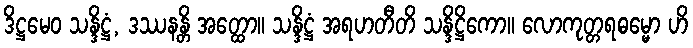
ဒိဋ္ဌမေဝ သန္ဒိဋ္ဌံ, ဒဿနန္တိ အတ္ထော။ သန္ဒိဋ္ဌံ အရဟတီတိ သန္ဒိဋ္ဌိကော။ လောကုတ္တရဓမ္မော ဟိ